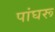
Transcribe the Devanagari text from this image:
पांघरू